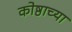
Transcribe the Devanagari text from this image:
कोष्ठाच्या